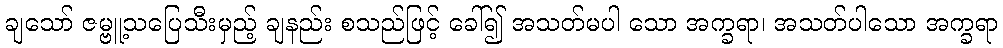
ချသော် ဇမ္ဗူ့သပြေသီးမှည့် ချနည်း စသည်ဖြင့် ခေါ်၍ အသတ်မပါ သော အက္ခရာ၊ အသတ်ပါသော အက္ခရာ